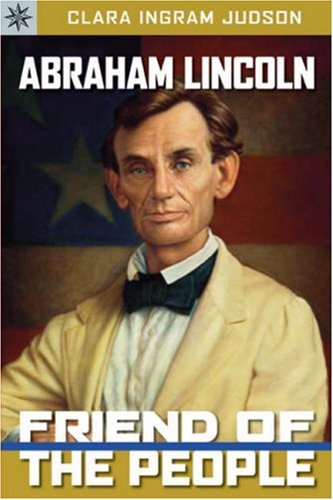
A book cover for Sterling Point BooksÂ®: Abraham Lincoln: Friend of the People; Clara Ingram Judson; Teen & Young Adult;